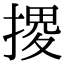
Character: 𢱩